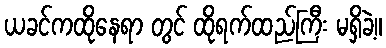
ယခင်ကထိုနေရာ တွင် ထိုရက်ထည်ကြီး မရှိခဲ့။